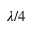
\lambda / 4